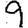
Digit: 9